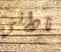
ناداني